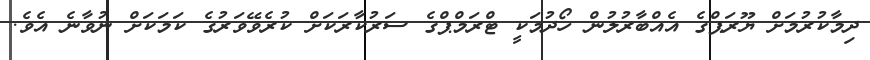
ދިމާކުރުމަށް ޔޫރަޕްގެ އެއްބާރުލުން ހޯދުމަކީ ޓްރަމްޕްގެ ސަރުކާރަކަށް ކުރެވޭވަރުގެ ކަމަކަށް ނުވާނެ އެވެ.